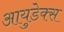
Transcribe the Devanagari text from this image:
आयुडेक्स